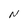
Character: N